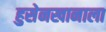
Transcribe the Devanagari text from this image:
हुसेनखानाला